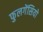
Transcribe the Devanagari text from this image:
फुलगेंसियो